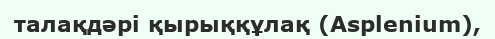
талақдәрі қырыққұлақ (Asplenіum),